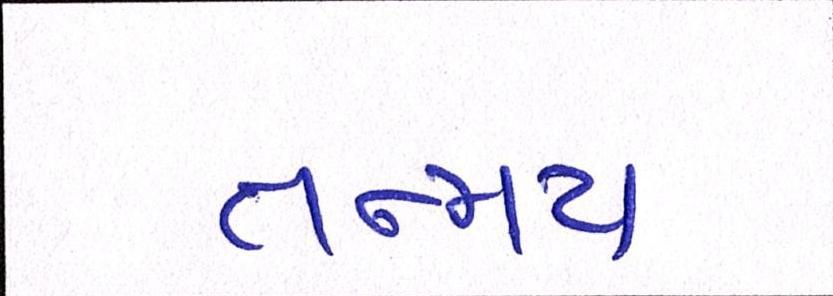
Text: તન્મય